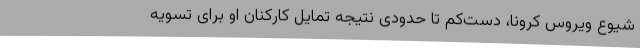
شیوع ویروس کرونا، دست‌کم تا حدودی نتیجه تمایل کارکنان او برای تسویه